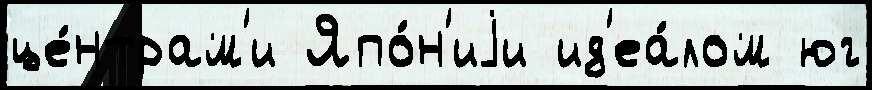
це́нтрам'и Япо́н'иjи ид'еа́лом юг